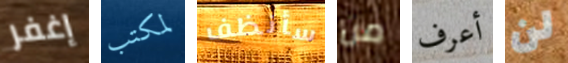
إغفر لمكتب سأنظف من أعرف لن